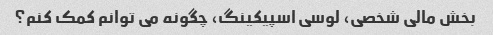
بخش مالی شخصی، لوسی اسپیکینگ، چگونه می توانم کمک کنم؟